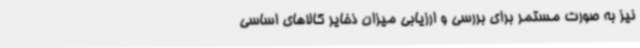
نیز به صورت مستمر برای بررسی و ارزیابی میزان ذخایر کالاهای اساسی